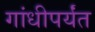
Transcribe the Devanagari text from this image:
गांधीपर्यंत